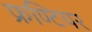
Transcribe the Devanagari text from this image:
फ्रण्टियर